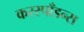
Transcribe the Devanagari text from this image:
करस्‍पाँडन्स